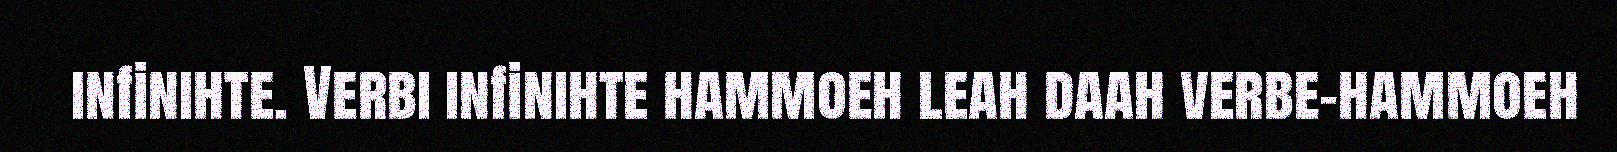
infinihte. Verbi infinihte hammoeh leah daah verbe-hammoeh